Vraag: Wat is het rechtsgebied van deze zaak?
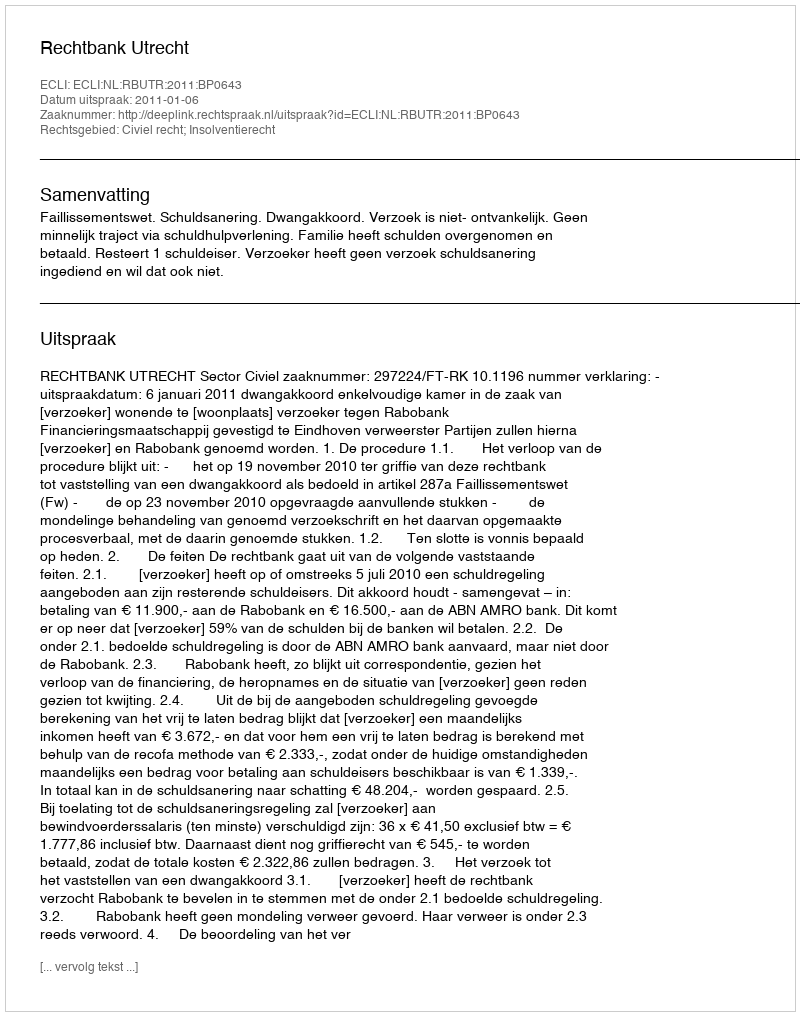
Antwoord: Civiel recht; Insolventierecht